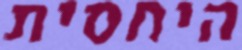
היחסית